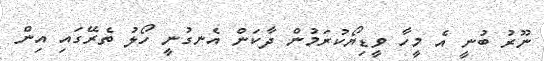
ނޫރު ބުނީ އެ މީހާ ވީޑިޔޯކުރަމުން ދާކަން އެނގުނީ ހޯލު ތެރޭގައި އިން